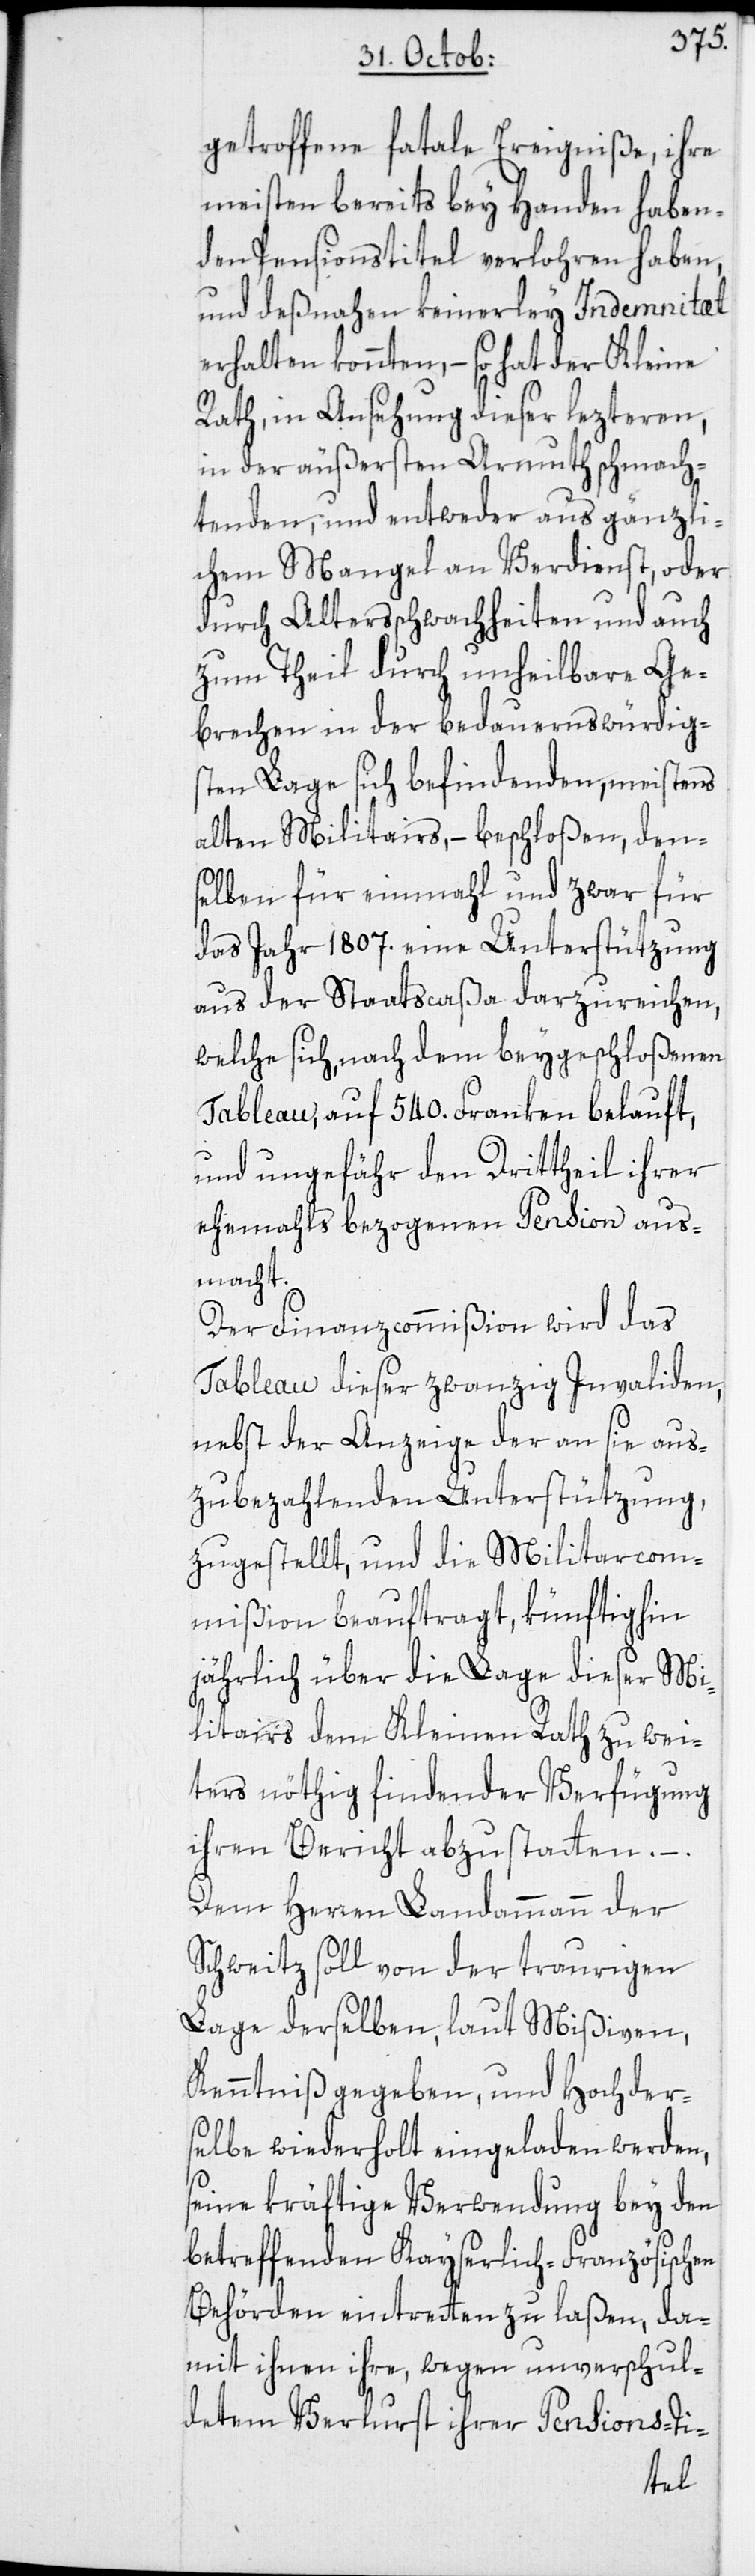
getroffene fatale Ereigniße, ihre
meisten bereits bey Handen haben¬
den Pensionstitel verlohren haben,
und deßnahen keinerley Indemnitæt
erhalten konnten, – so hat der Kleine
Rath, in Ansehung dieser lezteren,
in der äußersten Armuth schmach¬
tenden, und entweder aus gänzli¬
chem Mangel an Verdienst, oder
durch Altersschwachheiten und auch
zum Theil durch unheilbare Ge¬
brechen in der bedauernswürdig¬
sten Lage sich befindenden, meistens
alten Militairs, – beschloßen, den¬
selben für einmahl und zwar für
das Jahr 1807. eine Unterstützung
aus der Staatscaßa darzureichen,
welche sich, nach dem beygeschloßenen
Tableau, auf 540. Franken belauft,
und ungefähr den Drittheil ihrer
ehemahls bezogenen Pension aus¬
macht.
Der Finanzcommißion wird das
Tableau dieser zwanzig Invaliden,
nebst der Anzeige der an sie aus¬
zubezahlenden Unterstützung,
zugestellt, und die Militarcom¬
mißion beauftragt, künftighin
jährlich über die Lage dieser Mi¬
litairs dem Kleinen Rath zu wei¬
ters nöthig findender Verfügung
ihren Bericht abzustatten. –
Dem Herren Landammann der
Schweitz soll von der traurigen
Lage derselben, laut Mißiven,
Kenntniß gegeben, und Hochder¬
selbe wiederholt eingeladen werden,
seine kräftige Verwendung bey den
betreffenden Kayserlich-Französischen
Behörden eintretten zu laßen, da¬
mit ihnen ihre, wegen unverschul¬
detem Verlurst ihrer Pensions-Ti-